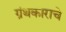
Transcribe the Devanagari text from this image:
ग्रंथकाराचे